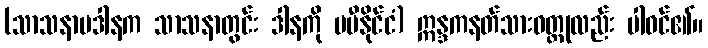
(သာသနာပဒါနက သာသနာတွင်း ဒါနကို မမီနိုင်ငံ) ဣန္ဒကနတ်သားဝတ္ထုလည်း ပါဝင်၏။